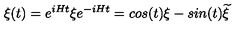
\xi ( t ) = e ^ { i H t } \xi e ^ { - i H t } = c o s ( t ) \xi - s i n ( t ) { \widetilde \xi }